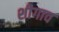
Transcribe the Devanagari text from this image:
शीगाव